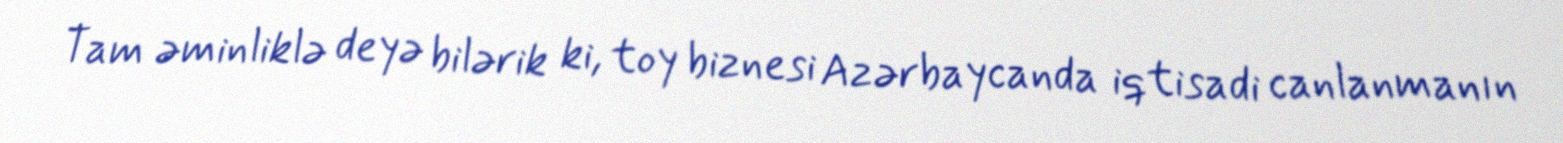
Tam əminliklə deyə bilərik ki, toy biznesi Azərbaycanda iqtisadi canlanmanın